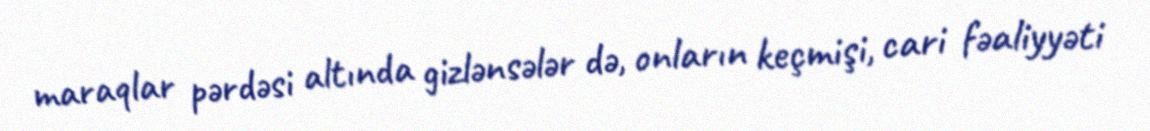
maraqlar pərdəsi altında gizlənsələr də, onların keçmişi, cari fəaliyyəti